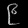
Digit: ၉